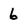
Character: 6